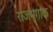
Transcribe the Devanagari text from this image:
राजमृगांक